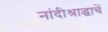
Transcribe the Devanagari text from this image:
नांदीश्राद्धाचें